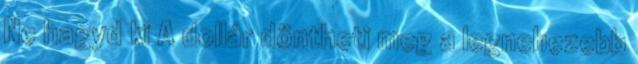
Ne hagyd ki A dollár döntheti meg a legnehezebb